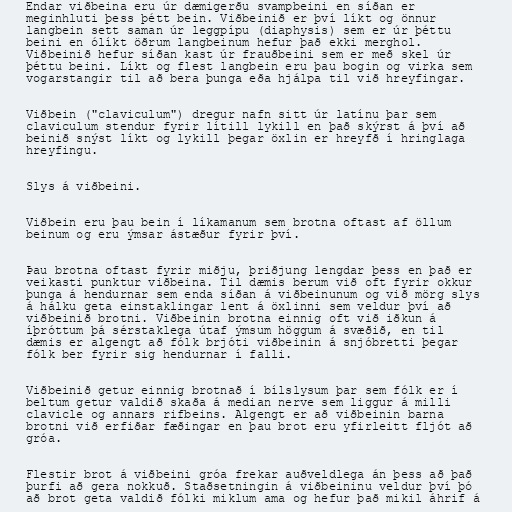
Endar viðbeina eru úr dæmigerðu svampbeini en síðan er
meginhluti þess þétt bein. Viðbeinið er því líkt og önnur
langbein sett saman úr leggpípu (diaphysis) sem er úr þéttu
beini en ólíkt öðrum langbeinum hefur það ekki merghol.
Viðbeinið hefur síðan kast úr frauðbeini sem er með skel úr
þéttu beini. Líkt og flest langbein eru þau bogin og virka sem
vogarstangir til að bera þunga eða hjálpa til við hreyfingar.

Viðbein ("claviculum") dregur nafn sitt úr latínu þar sem
claviculum stendur fyrir lítill lykill en það skýrst á því að
beinið snýst líkt og lykill þegar öxlin er hreyfð í hringlaga
hreyfingu.

Slys á viðbeini.

Viðbein eru þau bein í líkamanum sem brotna oftast af öllum
beinum og eru ýmsar ástæður fyrir því.

Þau brotna oftast fyrir miðju, þriðjung lengdar þess en það er
veikasti punktur viðbeina. Til dæmis berum við oft fyrir okkur
þunga á hendurnar sem enda síðan á viðbeinunum og við mörg slys
á hálku geta einstaklingar lent á öxlinni sem veldur því að
viðbeinið brotni. Viðbeinin brotna einnig oft við iðkun á
íþróttum þá sérstaklega útaf ýmsum höggum á svæðið, en til
dæmis er algengt að fólk brjóti viðbeinin á snjóbretti þegar
fólk ber fyrir sig hendurnar í falli.

Viðbeinið getur einnig brotnað í bílslysum þar sem fólk er í
beltum getur valdið skaða á median nerve sem liggur á milli
clavicle og annars rifbeins. Algengt er að viðbeinin barna
brotni við erfiðar fæðingar en þau brot eru yfirleitt fljót að
gróa.

Flestir brot á viðbeini gróa frekar auðveldlega án þess að það
þurfi að gera nokkuð. Staðsetningin á viðbeininu veldur því þó
að brot geta valdið fólki miklum ama og hefur það mikil áhrif á